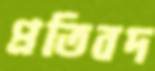
প্রতিবদ